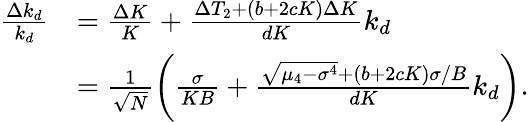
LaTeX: \begin{array}{rl}{\frac{\Delta k_{d}}{k_{d}}}&{=\frac{\Delta K}{K}+\frac{\Delta T_{2}+(b+2cK)\Delta K}{dK}k_{d}}\\ &{=\frac{1}{\sqrt{N}}\biggl(\frac{\sigma}{KB}+\frac{\sqrt{\mu_{4}-\sigma^{4}}+(b+2cK)\sigma/B}{dK}k_{d}\biggr).}\end{array}